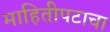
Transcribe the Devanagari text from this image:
माहितीपटाचा